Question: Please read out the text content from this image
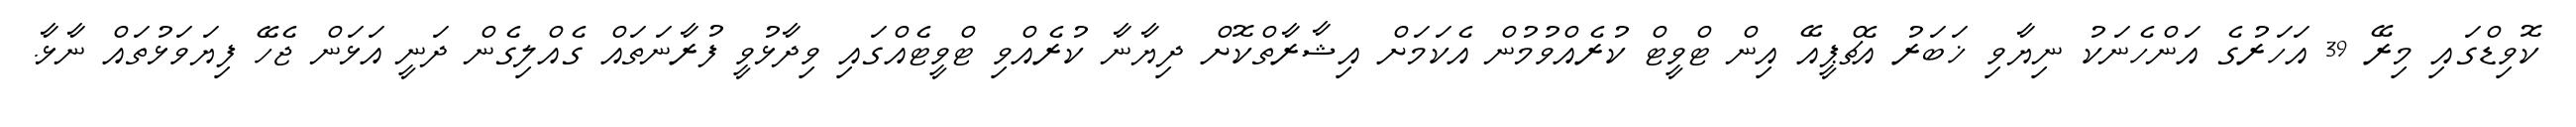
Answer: ކޮވިޑްގައި މިރޭ 39 އަހަރުގެ އަންހެނަކު ނިޔާވި ޚަބަރު އެޗްޕީއޭ އިން ޓްވީޓް ކުރެއްވުމުން އެކަމަށް އިޝާރާތްކޮށް ދިޔާނާ ކުރެއްވި ޓްވީޓެއްގައި ވިދާޅުވީ ފުރާނަތައް ގެއްލިގެން ދަނީ އަޅަން ޖެހޭ ފިޔަވަޅުތައް ނާޅާ.